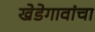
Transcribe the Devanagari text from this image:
खेडेगावांचा